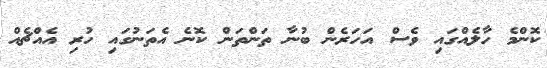
ކޮންމެ ހާލެއްގައި ވެސް އަހަރެން ބުނާ ތަންތަން ކޮނެ އެތަނުގައި ހުރި އެއްޗެއް